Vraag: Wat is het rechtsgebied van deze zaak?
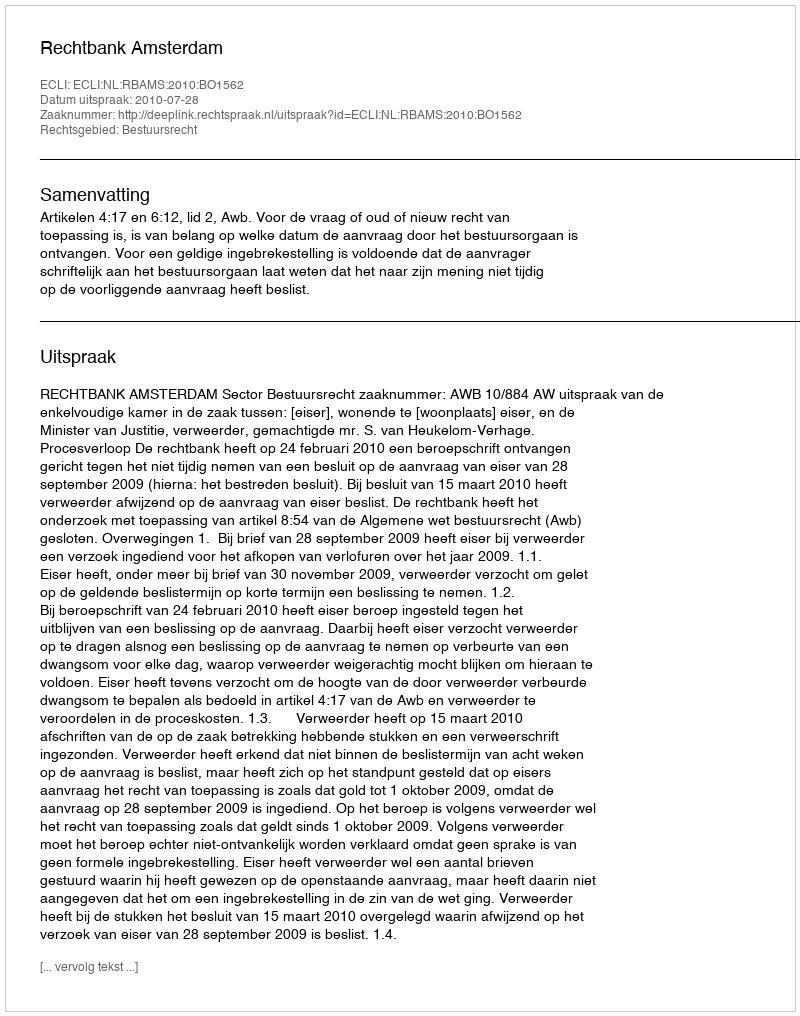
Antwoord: Bestuursrecht